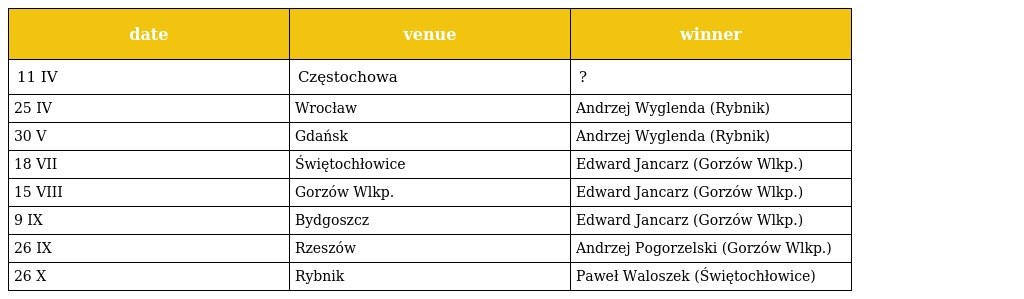
| date | venue | winner |
 | --- | --- | --- |
 | 11 IV | Częstochowa | ? |
 | 25 IV | Wrocław | Andrzej Wyglenda (Rybnik) |
 | 30 V | Gdańsk | Andrzej Wyglenda (Rybnik) |
 | 18 VII | Świętochłowice | Edward Jancarz (Gorzów Wlkp.) |
 | 15 VIII | Gorzów Wlkp. | Edward Jancarz (Gorzów Wlkp.) |
 | 9 IX | Bydgoszcz | Edward Jancarz (Gorzów Wlkp.) |
 | 26 IX | Rzeszów | Andrzej Pogorzelski (Gorzów Wlkp.) |
 | 26 X | Rybnik | Paweł Waloszek (Świętochłowice) |